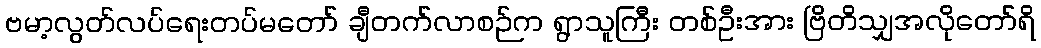
ဗမာ့လွတ်လပ်ရေးတပ်မတော် ချီတက်လာစဉ်က ရွာသူကြီး တစ်ဦးအား ဗြိတိသျှအလိုတော်ရိ